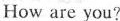
How are you?